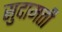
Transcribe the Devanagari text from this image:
सुदामती